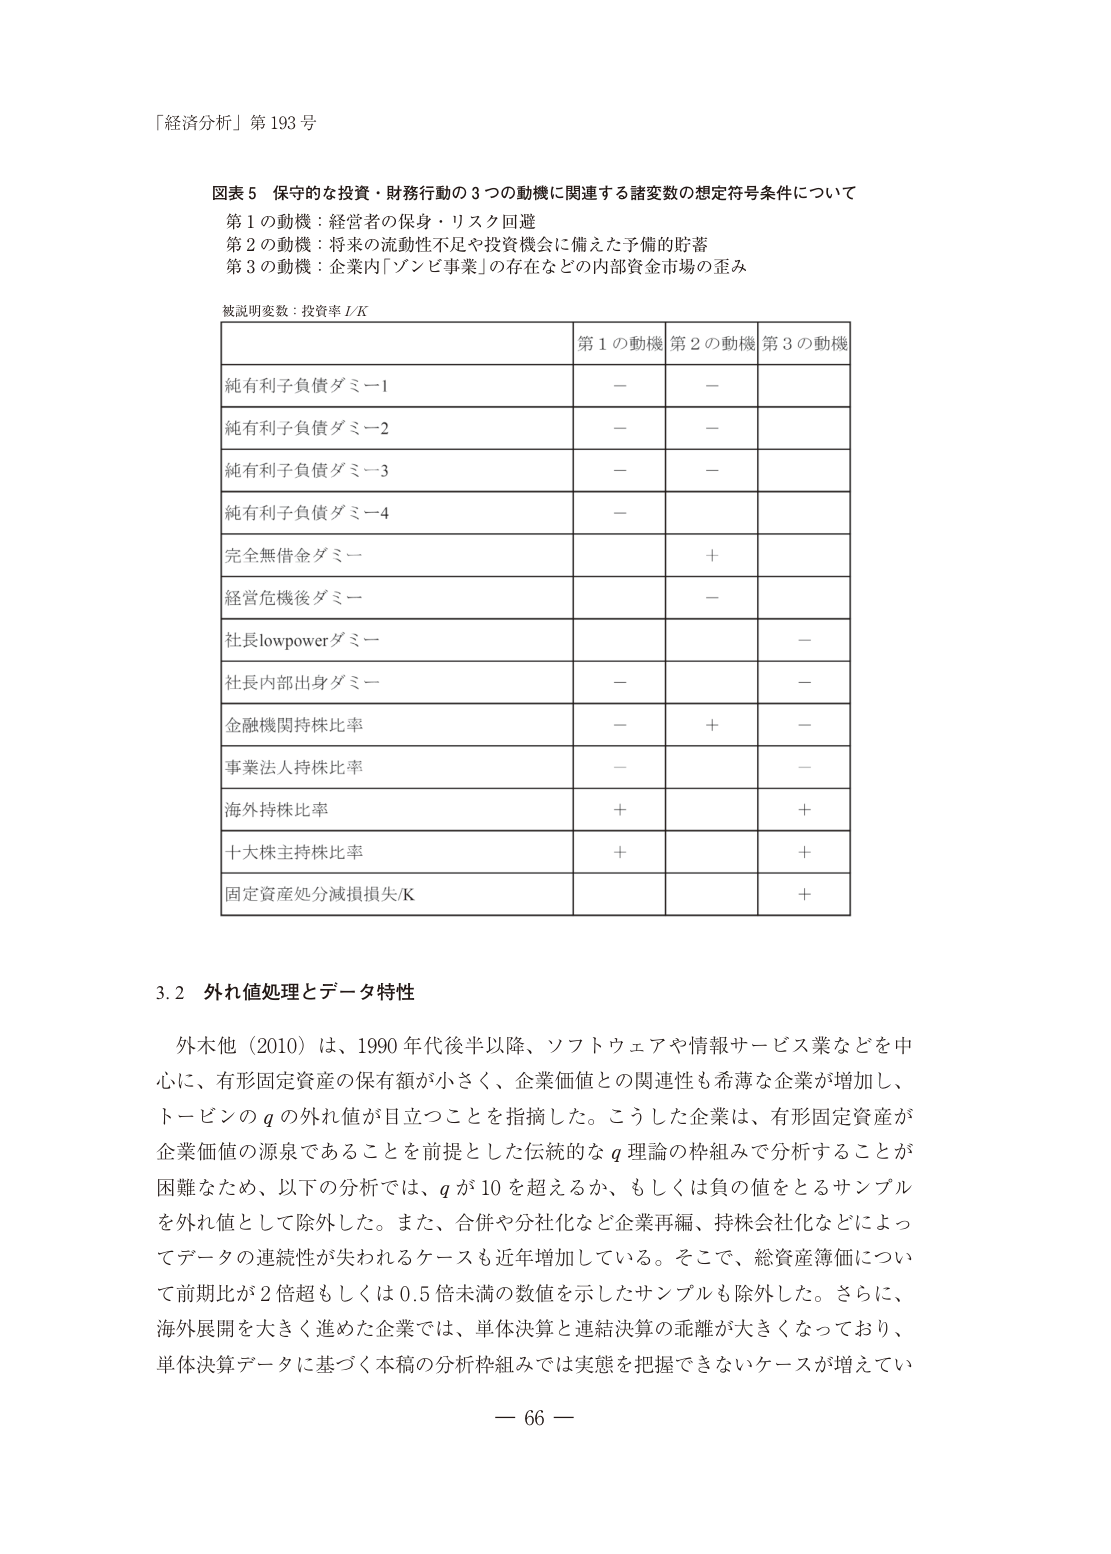
「経済分析」第193号

図表5 保守的な投資・財務行動の3つの動機に関連する諸変数の想定符号条件について
第1の動機：経営者の保身・リスク回避
第2の動機：将来の流動性不足や投資機会に備えた予備的貯蓄
第3の動機：企業内「ゾンビ事業」の存在などの内部資金市場の歪み

被説明変数：投資率 I/K

| | 第1の動機 | 第2の動機 | 第3の動機 |
|---|---|---|---|
| 純有利子負債ダミー1 | － | － | |
| 純有利子負債ダミー2 | － | － | |
| 純有利子負債ダミー3 | － | － | |
| 純有利子負債ダミー4 | － | | |
| 完全無借金ダミー | | ＋ | |
| 経営危機後ダミー | | － | |
| 社長lowpowerダミー | | | － |
| 社長内部出身ダミー | － | | － |
| 金融機関持株比率 | － | ＋ | － |
| 事業法人持株比率 | － | | － |
| 海外持株比率 | ＋ | | ＋ |
| 十大株主持株比率 | ＋ | | ＋ |
| 固定資産処分減損損失/K | | | ＋ |

3.2 外れ値処理とデータ特性

外木他（2010）は、1990年代後半以降、ソフトウェアや情報サービス業などを中心に、有形固定資産の保有額が小さく、企業価値との関連性も希薄な企業が増加し、トービンのqの外れ値が目立つことを指摘した。こうした企業は、有形固定資産が企業価値の源泉であることを前提とした伝統的なq理論の枠組みで分析することが困難なため、以下の分析では、qが10を超えるか、もしくは負の値をとるサンプルを外れ値として除外した。また、合併や分社化など企業再編、持株会社化などによってデータの連続性が失われるケースも近年増加している。そこで、総資産簿価について前期比が2倍超もしくは0.5倍未満の数値を示したサンプルも除外した。さらに、海外展開を大きく進めた企業では、単体決算と連結決算の乖離が大きくなっており、単体決算データに基づく本稿の分析枠組みでは実態を把握できないケースが増えてい

— 66 —